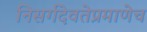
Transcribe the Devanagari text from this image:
निसर्गदेवतेप्रमाणेच